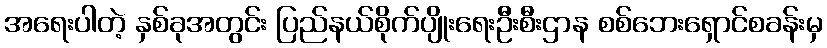
အရေးပါတဲ့ နှစ်ခုအတွင်း ပြည်နယ်စိုက်ပျိုးရေးဦးစီးဌာန စစ်ဘေးရှောင်စခန်းမှ